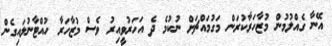
އޭނާ ގެއްލުމުން މުޒާހަރާކުރަން މަގުމައްޗަށް ނުކުމެ ދެ އަހަރުވީއިރު ވެސް މުޒާހަރާ ހުއްޓާނުލައިގެން